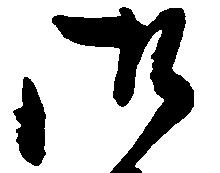
御